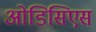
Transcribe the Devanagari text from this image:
ओडिसिएस